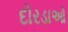
દોરડાઓ